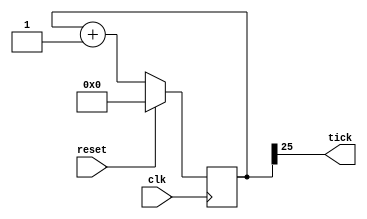
`timescale 1ns / 1ps
//////////////////////////////////////////////////////////////////////////////////
// Company: 
// Engineer: 
// 
// Design Name: 
// Module Name:    timer 
// Project Name: 
// Target Devices: 
// Tool versions: 
// Description: 
//
// Dependencies: 
//
// Revision: 
// Revision 0.01 - File Created
// Additional Comments: 
//
//////////////////////////////////////////////////////////////////////////////////
module timer #(parameter CTR_LEN = 26) (
	input clk,
	input reset,
	output tick
	);
	
	reg [CTR_LEN-1:0] counter_d, counter_q;
	
	assign tick = counter_q[CTR_LEN-1];
	
	always @(counter_q) begin
		counter_d = counter_q + 1'b1;
	end
   
	always @(posedge clk) begin
		if (reset) begin
			counter_q <= 25'b0;
		end else begin
			counter_q <= counter_d;
		end
	end
endmodule